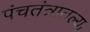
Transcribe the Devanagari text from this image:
पंचतंत्रातल्या